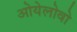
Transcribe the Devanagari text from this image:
ओयेलोवो